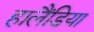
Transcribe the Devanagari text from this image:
हालैंडिया